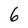
Character: 6